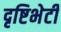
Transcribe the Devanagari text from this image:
दृष्टिभेटी